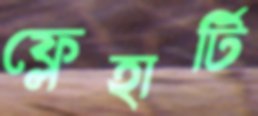
ফ্লেহার্টি